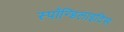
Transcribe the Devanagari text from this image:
स्पॉन्डिलाइटिस